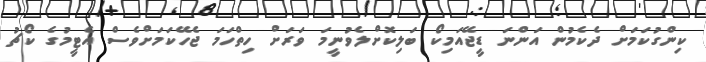
ކިންގުކަމަށް ދެކެމުން އަންނަ ޑީޖޭއަމިކޯ ބަލިކޮށްލެވުނީމަ ވަރަށް ހިތްހަމަ ޖެހޭކަމަށްވެސް އެޓީމުގެ ކޯޗު